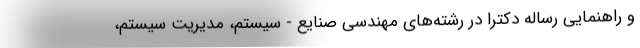
و راهنمایی رساله دکترا در رشته‌های مهندسی صنایع - سیستم، مدیریت سیستم،